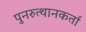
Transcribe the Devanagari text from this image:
पुनरुत्थानकर्ता